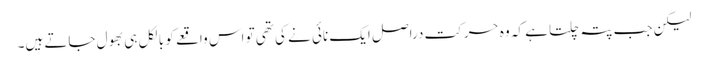
لیکن جب پتہ چلتا ہے کہ وہ حرکت دراصل ایک نائی نے کی تھی تو اس واقعے کو بالکل ہی بھول جاتے ہیں۔